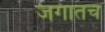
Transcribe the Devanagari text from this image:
जगातच